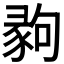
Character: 𢑪